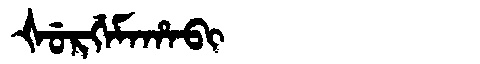
Manchu: ᡧᡠᡵᡤᡝᠮᠠᡥᠠᠪᡳ
Romanization: ŠURGEMAHABI